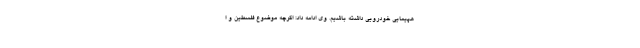
هپیمایی خودرویی داشته باشیم. وی ادامه داد: اگرچه موضوع فلسطین و ا